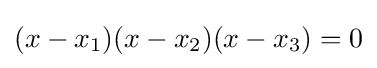
(x-x_{1})(x-x_{2})(x-x_{3})=0